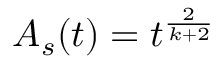
{ \cal A } _ { s } ( t ) = t ^ { \frac { 2 } { k + 2 } }